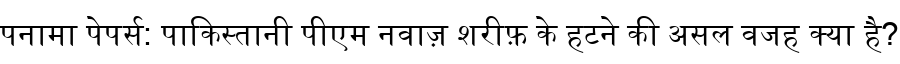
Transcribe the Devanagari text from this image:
पनामा पेपर्स: पाकिस्तानी पीएम नवाज़ शरीफ़ के हटने की असल वजह क्या है?